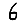
Digit: 6